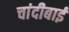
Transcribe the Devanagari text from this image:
चांदीबाई